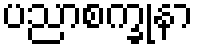
ပညာစက္ခုနာ